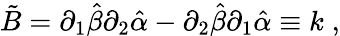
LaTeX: \tilde{B}=\partial_{1}\hat{\beta}\partial_{2}\hat{\alpha}-\partial_{2}\hat{\beta}\partial_{1}\hat{\alpha}\equiv k\; ,